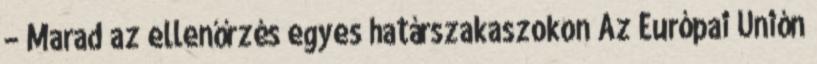
– Marad az ellenőrzés egyes határszakaszokon Az Európai Unión